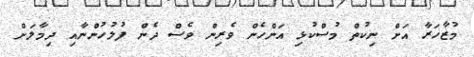
މުޒާހަރާ އަށް ނިކުތް މުސްކުޅި އަންހެން ވެރިން ވެސް ދެން ފުލުހުންނާއި ދިމާލަށް